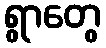
ရွာတွေ